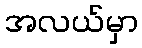
အလယ်မှာ